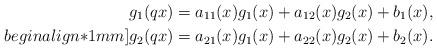
LaTeX: \begin{align*}& g_1(qx)=a_{11}(x)g_1(x)+a_{12}(x)g_2(x) + b_1 (x),\\begin{align*}1mm]& g_2(qx)=a_{21}(x)g_1(x)+a_{22}(x)g_2(x) + b_2 (x).\end{align*}